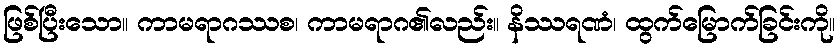
ဖြစ်ပြီးသော။ ကာမရာဂဿစ၊ ကာမရာဂ၏လည်း။ နိဿရဏံ၊ ထွက်မြောက်ခြင်းကို။